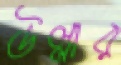
উল্লার